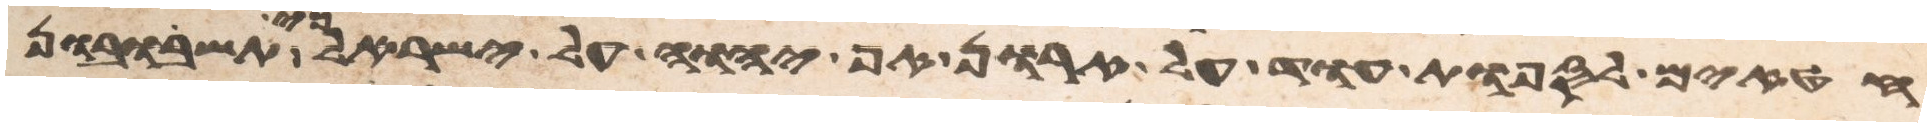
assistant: חטאים לספות עוד על חרון אף יהוה על ישראל כי תשובון